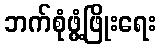
ဘက်စုံဖွံ့ဖြိုးရေး